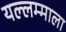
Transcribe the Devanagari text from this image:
यल्लम्माला